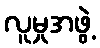
လူမှုအဖွဲ့